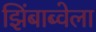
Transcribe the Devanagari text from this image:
झिंबाब्वेला